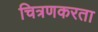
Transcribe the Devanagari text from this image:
चित्रणकरता